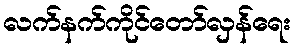
လက်နက်ကိုင်တော်လှန်ရေး